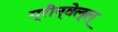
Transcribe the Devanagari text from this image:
ग्रीन्वेल्ल्